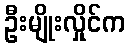
ဦးမျိုးလှိုင်က